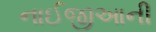
નાઈજીઆની